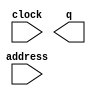
module INSTR_ROM (
	address,
	clock,
	q);

	input	[15:0]  address;
	input	  clock;
	output	[31:0]  q;
`ifndef ALTERA_RESERVED_QIS
// synopsys translate_off
`endif
	tri1	  clock;
`ifndef ALTERA_RESERVED_QIS
// synopsys translate_on
`endif

endmodule